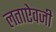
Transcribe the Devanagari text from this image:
लताऐवजी